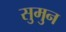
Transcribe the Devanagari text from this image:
सुमुन